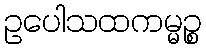
ဥပေါသထကမ္မဉ္စ